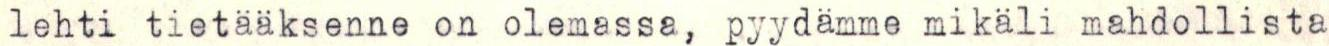
lehti tietääksenne on olemassa, pyydämme mikäli mahdollista